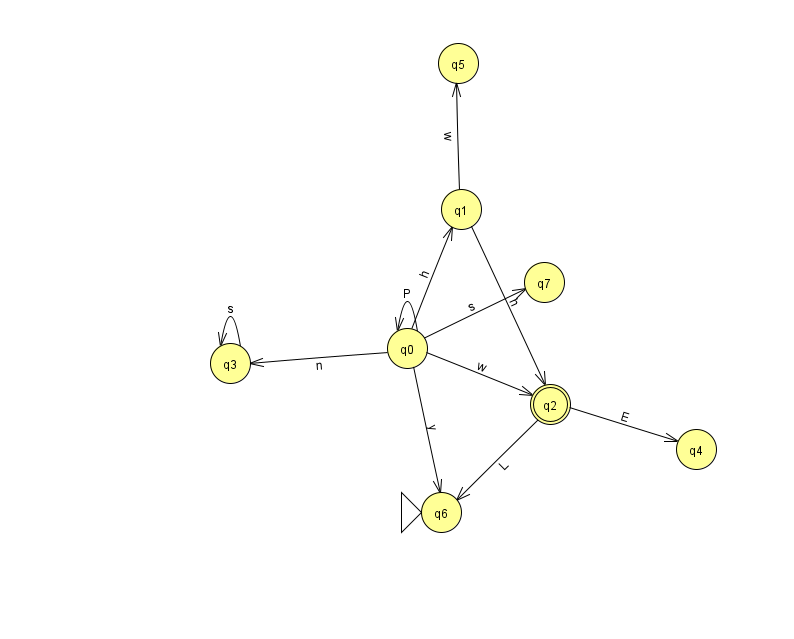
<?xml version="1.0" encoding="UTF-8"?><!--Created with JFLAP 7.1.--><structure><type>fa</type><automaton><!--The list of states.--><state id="0" name="q0"><x>407.0</x><y>335.0</y></state><state id="1" name="q1"><x>461.0</x><y>196.0</y></state><state id="2" name="q2"><x>550.0</x><y>391.0</y><final/></state><state id="3" name="q3"><x>230.0</x><y>350.0</y></state><state id="4" name="q4"><x>696.0</x><y>436.0</y></state><state id="5" name="q5"><x>458.0</x><y>50.0</y></state><state id="6" name="q6"><x>441.0</x><y>499.0</y><initial/></state><state id="7" name="q7"><x>544.0</x><y>269.0</y></state><!--The list of transitions.--><transition><from>0</from><to>0</to><read>P</read></transition><transition><from>0</from><to>1</to><read>h</read></transition><transition><from>0</from><to>7</to><read>s</read></transition><transition><from>2</from><to>4</to><read>E</read></transition><transition><from>3</from><to>3</to><read>s</read></transition><transition><from>0</from><to>6</to><read>y</read></transition><transition><from>1</from><to>2</to><read>h</read></transition><transition><from>2</from><to>6</to><read>L</read></transition><transition><from>0</from><to>3</to><read>n</read></transition><transition><from>1</from><to>5</to><read>w</read></transition><transition><from>0</from><to>2</to><read>w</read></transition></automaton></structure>